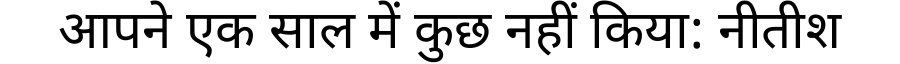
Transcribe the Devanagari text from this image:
आपने एक साल में कुछ नहीं किया: नीतीश